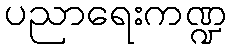
ပညာရေးကဏ္ဍ